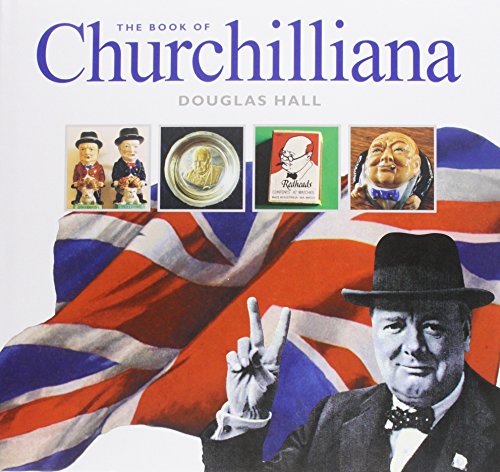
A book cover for The Book of Churchilliana; Douglas Hall; Crafts, Hobbies & Home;